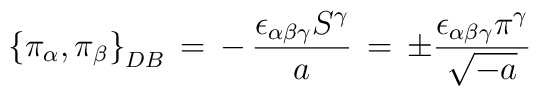
\left\{ \pi _\alpha ,\pi _\beta \right\} _{DB}\,=\, - \, \frac{\epsilon_{\alpha \beta \gamma }S ^\gamma }{a} \,=\,\pm \frac{\epsilon_{\alpha \beta \gamma }\pi ^\gamma }{\sqrt{-a}} \,